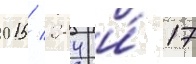
015/ 284 и́ 17